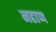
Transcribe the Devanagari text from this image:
नहाण